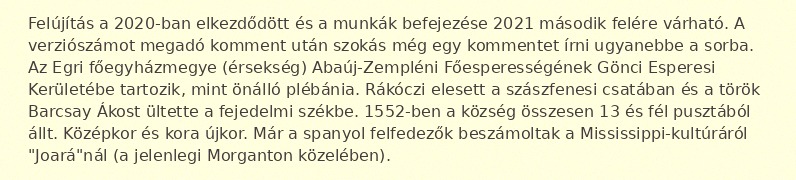
Felújítás a 2020-ban elkezdődött és a munkák befejezése 2021 második felére várható. A verziószámot megadó komment után szokás még egy kommentet írni ugyanebbe a sorba. Az Egri főegyházmegye (érsekség) Abaúj-Zempléni Főesperességének Gönci Esperesi Kerületébe tartozik, mint önálló plébánia. Rákóczi elesett a szászfenesi csatában és a török Barcsay Ákost ültette a fejedelmi székbe. 1552-ben a község összesen 13 és fél pusztából állt. Középkor és kora újkor. Már a spanyol felfedezők beszámoltak a Mississippi-kultúráról "Joará"nál (a jelenlegi Morganton közelében).